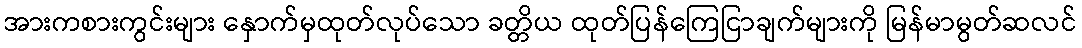
အားကစားကွင်းများ နှောက်မှထုတ်လုပ်သော ခတ္တိယ ထုတ်ပြန်ကြေငြာချက်များကို မြန်မာမွတ်ဆလင်